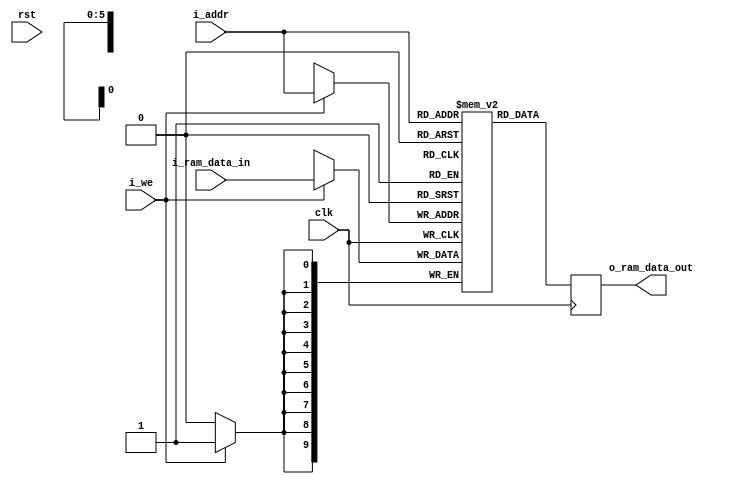
module blram(clk, rst, i_we, i_addr, i_ram_data_in, o_ram_data_out);

parameter SIZE = 6;
parameter DEPTH = 64;
parameter TEST_CASE = 1;

input clk; 
input rst;
input i_we;
input [SIZE-1:0] i_addr;
input [9:0] i_ram_data_in;
output reg [9:0] o_ram_data_out;

reg [9:0] memory[0:DEPTH-1];

always @(posedge clk) begin
  o_ram_data_out <= #1 memory[i_addr[SIZE-1:0]];
  if (i_we)
		memory[i_addr[SIZE-1:0]] <= #1 i_ram_data_in;
end 

initial begin
    if(TEST_CASE == 1) begin
	   memory[0] = 10'b0000_110010; // LOD 50, (ACC = *50), Hex = 32
memory[1] = 10'b0010_110011; // ADD 51, ACC = ACC + (*51), Hex = B3
memory[2] = 10'b0001_110100; // STO 52, (*52) = ACC, Hex = 74
memory[3] = 10'b1001_000000; // Halt, Hex = 240
memory[50] = 10'b0000_000101; // Hex = 5
memory[51] = 10'b0000_001010; // Hex = A
	end else if(TEST_CASE == 2) begin
	   memory[0] = 10'b0000_110010; // LOD 50, (ACC = *50), Hex = 32
memory[1] = 10'b0100_110011; // MUL 51, ACC = ACC * (*51), Hex = 133
memory[2] = 10'b0001_110100; // STO 52, (*52) = ACC, Hex = 74
memory[3] = 10'b1001_000000; // Halt, Hex = 240
memory[50] = 10'b0000_000101; // Hex = 5
memory[51] = 10'b0000_001010; // Hex = A
	end else if(TEST_CASE == 3) begin
	   memory[0]= 10'b0000_110011; // LOD 51, ACC = *51, Hex = 33
memory[1]= 10'b0011_110001; // SUB 49, ACC = ACC - *49, Hex = F1
memory[2]= 10'b0111_001010; // JMZ 10, dng bittiyse, dngden kartacaktr (ACC-49 == 0), 10. Satr, Hex = 1CA
memory[3]= 10'b0000_110000; // LOD 48, temp deerini ykle, balangta 0, Hex = 30
memory[4]= 10'b0010_110010; // ADD 50, ikinci sayy ACCnin stne ekle, Hex = B2
memory[5]= 10'b0001_110000; // STO 48, ACCnin deerini tempe ata, Hex = 70
memory[6]= 10'b0000_110001; // LOD 49, ACC = i, Hex = 31
memory[7]= 10'b0010_101110; // ADD 46, ACC = i + 1, Hex = AE
memory[8]= 10'b0001_110001; // STO 49, i = i + 1, Hex = 71
memory[9]= 10'b0110_000000; // JMP 0, dngnn bana dn 0. satr, Hex = 180
memory[10]= 10'b0000_110000; // LOD 48, ACC = temp, Hex = 30
memory[11]= 10'b0001_110100; // STO 52, *52 = ACC, Hex = 74
memory[12]= 10'b1001_000000;// HLT, bitirme, Hex = 240

memory[46]= 10'b1; // 1 says
memory[48]= 10'b0; // Hex = 0, temp
memory[49]= 10'b0; // Hex = 0, i indexi iin
memory[50]= 10'b0000000101; // Hex = 5
memory[51]= 10'b0000001010; // Hex = A

	end
end 

endmodule